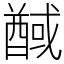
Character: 䤋